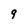
Character: 9